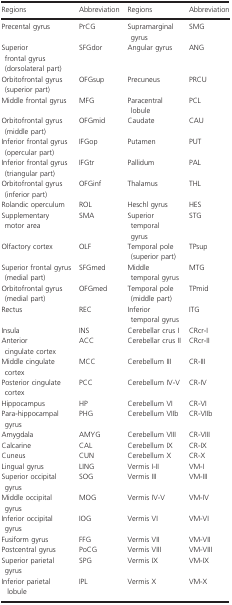
<table><thead><tr><td><b>Regions</b></td><td><b>Abbreviation</b></td><td><b>Regions</b></td><td><b>Abbreviation</b></td></tr></thead><tbody><tr><td>Precental gyrus</td><td>PrCG</td><td>Supramarginal gyrus</td><td>SMG</td></tr><tr><td>Superior frontal gyrus (dorsolateral part)</td><td>SFGdor</td><td>Angular gyrus</td><td>ANG</td></tr><tr><td>Orbitofrontal gyrus (superior part)</td><td>OFGsup</td><td>Precuneus</td><td>PRCU</td></tr><tr><td>Middle frontal gyrus</td><td>MFG</td><td>Paracentral lobule</td><td>PCL</td></tr><tr><td>Orbitofrontal gyrus (middle part)</td><td>OFGmid</td><td>Caudate</td><td>CAU</td></tr><tr><td>Inferior frontal gyrus (opercular part)</td><td>IFGop</td><td>Putamen</td><td>PUT</td></tr><tr><td>Inferior frontal gyrus (triangular part)</td><td>IFGtr</td><td>Pallidum</td><td>PAL</td></tr><tr><td>Orbitofrontal gyrus (inferior part)</td><td>OFGinf</td><td>Thalamus</td><td>THL</td></tr><tr><td>Rolandic operculum</td><td>ROL</td><td>Heschl gyrus</td><td>HES</td></tr><tr><td>Supplementary motor area</td><td>SMA</td><td>Superior temporal gyrus</td><td>STG</td></tr><tr><td>Olfactory cortex</td><td>OLF</td><td>Temporal pole (superior part)</td><td>TPsup</td></tr><tr><td>Superior frontal gyrus (medial part)</td><td>SFGmed</td><td>Middle temporal gyrus</td><td>MTG</td></tr><tr><td>Orbitofrontal gyrus (medial part) </td><td>OFGmed</td><td>Temporal pole (middle part)</td><td>TPmid</td></tr><tr><td>Rectus</td><td>REC</td><td>Inferior temporal gyrus</td><td>ITG</td></tr><tr><td>Insula</td><td>INS</td><td>Cerebellar crus I</td><td>CRcr‐I</td></tr><tr><td>Anterior cingulate cortex</td><td>ACC</td><td>Cerebellar crus II</td><td>CRcr‐II</td></tr><tr><td>Middle cingulate cortex</td><td>MCC</td><td>Cerebellum III</td><td>CR‐III</td></tr><tr><td>Posterior cingulate cortex</td><td>PCC</td><td>Cerebellum IV‐V</td><td>CR‐IV</td></tr><tr><td>Hippocampus</td><td>HP</td><td>Cerebellum VI</td><td>CR‐VI</td></tr><tr><td>Para‐hippocampal gyrus</td><td>PHG</td><td>Cerebellum VIIb</td><td>CR‐VIIb</td></tr><tr><td>Amygdala</td><td>AMYG</td><td>Cerebellum VIII</td><td>CR‐VIII</td></tr><tr><td>Calcarine</td><td>CAL</td><td>Cerebellum IX</td><td>CR‐IX</td></tr><tr><td>Cuneus</td><td>CUN</td><td>Cerebellum X</td><td>CR‐X</td></tr><tr><td>Lingual gyrus</td><td>LING</td><td>Vermis I‐II</td><td>VM‐I</td></tr><tr><td>Superior occipital gyrus</td><td>SOG</td><td>Vermis III</td><td>VM‐III</td></tr><tr><td>Middle occipital gyrus</td><td>MOG</td><td>Vermis IV‐V</td><td>VM‐IV</td></tr><tr><td>Inferior occipital gyrus</td><td>IOG</td><td>Vermis VI</td><td>VM‐VI</td></tr><tr><td>Fusiform gyrus</td><td>FFG</td><td>Vermis VII</td><td>VM‐VII</td></tr><tr><td>Postcentral gyrus</td><td>PoCG</td><td>Vermis VIII</td><td>VM‐VIII</td></tr><tr><td>Superior parietal gyrus</td><td>SPG</td><td>Vermis IX</td><td>VM‐IX</td></tr><tr><td>Inferior parietal lobule</td><td>IPL</td><td>Vermis X</td><td>VM‐X</td></tr></tbody></table>